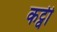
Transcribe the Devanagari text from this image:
कट्वी